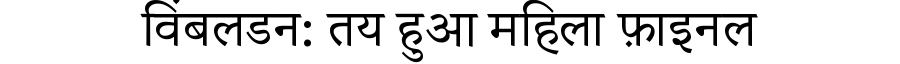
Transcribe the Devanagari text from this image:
विंबलडन: तय हुआ महिला फ़ाइनल